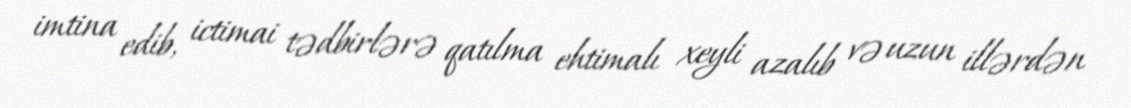
imtina edib, ictimai tədbirlərə qatılma ehtimalı xeyli azalıb və uzun illərdən